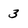
Character: 3